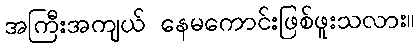
အကြီးအကျယ် နေမကောင်းဖြစ်ဖူးသလား။